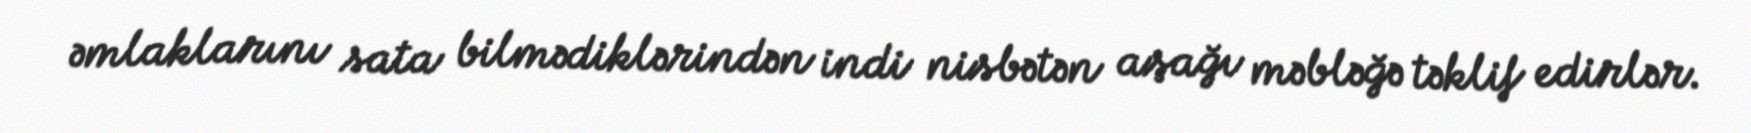
əmlaklarını sata bilmədiklərindən indi nisbətən aşağı məbləğə təklif edirlər.